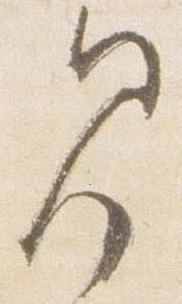
見